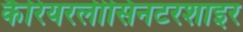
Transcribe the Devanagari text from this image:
कैरियरलीसिनटरशाइर